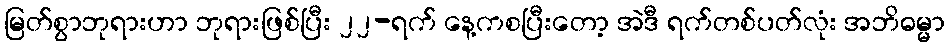
မြတ်စွာဘုရားဟာ ဘုရားဖြစ်ပြီး ၂၂-ရက် နေ့ကစပြီးတော့ အဲဒီ ရက်တစ်ပတ်လုံး အဘိဓမ္မာ